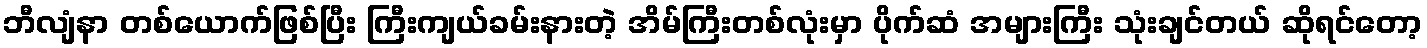
ဘီလျံနာ တစ်ယောက်ဖြစ်ပြီး ကြီးကျယ်ခမ်းနားတဲ့ အိမ်ကြီးတစ်လုံးမှာ ပိုက်ဆံ အများကြီး သုံးချင်တယ် ဆိုရင်တော့